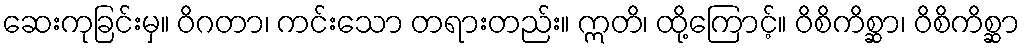
ဆေးကုခြင်းမှ။ ဝိဂတာ၊ ကင်းသော တရားတည်း။ ဣတိ၊ ထို့ကြောင့်။ ဝိစိကိစ္ဆာ၊ ဝိစိကိစ္ဆာ